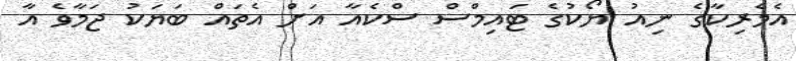
އެމެރިކާގެ ނިއު ޔޯކުގެ ޓައިމްސް ސްކެއާ އަށް އެތައް ބަޔަކު ޖަމާވެ އާ